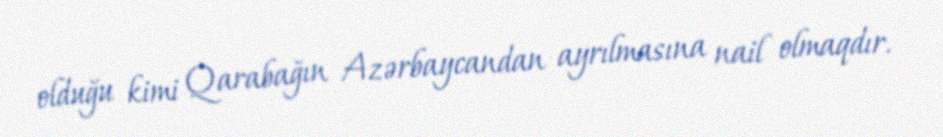
olduğu kimi Qarabağın Azərbaycandan ayrılmasına nail olmaqdır.